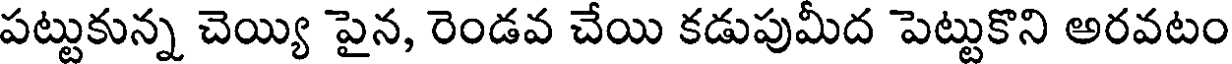
పట్టుకున్న చెయ్యి పైన, రెండవ చేయి కడుపుమీద పెట్టుకొని అరవటం